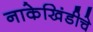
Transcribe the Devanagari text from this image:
नाकेखिंडीचे